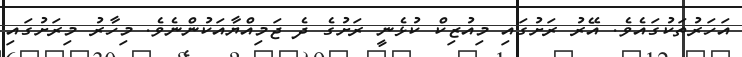
އަހަރުތަކުގައެވެ. އޭރު ރަށުގައި މިއުޒިކް ކުޅެނީ ރަށުގެ ދެ ޖަމިއްޔާއަކުންނެވެ. މިހާރު މިރަށުގައި